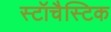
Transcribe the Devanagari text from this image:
स्टॉचैस्टिक